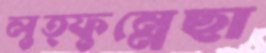
লুত্ফুন্নেছা